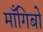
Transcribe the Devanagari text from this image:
माँगिबो